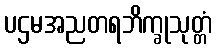
ပဌမအညတရဘိက္ခုသုတ္တံ